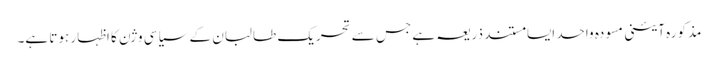
مذکورہ آئینی مسودہ واحد ایسا مستند ذریعہ ہے جس سے تحریک طالبان کے سیاسی وژن کا اظہار ہوتا ہے۔